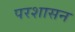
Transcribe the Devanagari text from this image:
परशासन